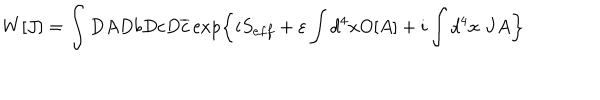
W [ J ] = \int D A D b D c D \overline { { { c } } } \exp \left\{ i S _ { e f f } + \varepsilon \int d ^ { 4 } x O [ A ] + i \int d ^ { 4 } x \; J A \right\}